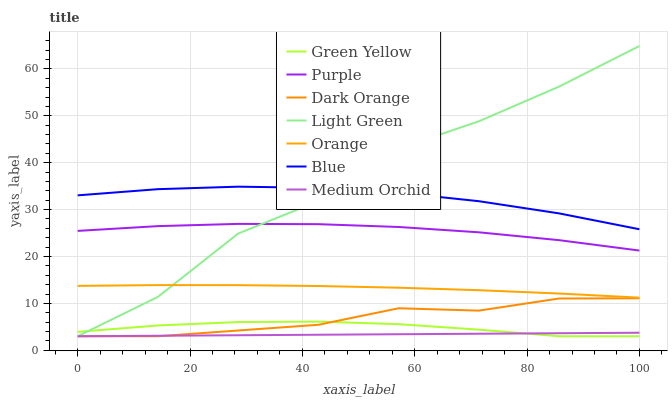
| xaxis_label | Green Yellow | Purple | Dark Orange | Light Green | Orange | Blue | Medium Orchid |
 | --- | --- | --- | --- | --- | --- | --- | --- |
 | 0 | 3.94 | 25.5 | 3 | 3 | 13.7 | 33 | 3 |
 | 14.3 | 5.3 | 26.5 | 3 | 11.4 | 13.9 | 34.4 | 3.11 |
 | 28.6 | 6.03 | 27 | 4.23 | 24.9 | 13.9 | 34.9 | 3.21 |
 | 42.9 | 6.12 | 26.9 | 5.45 | 31.8 | 13.7 | 34.6 | 3.32 |
 | 57.1 | 5.58 | 26.3 | 8.97 | 43 | 13.3 | 33.6 | 3.43 |
 | 71.4 | 4.41 | 25.2 | 8.46 | 48.8 | 12.8 | 31.8 | 3.54 |
 | 85.7 | 3 | 23.5 | 11 | 56.2 | 12.1 | 29.2 | 3.64 |
 | 100 | 3 | 21.3 | 11.1 | 64.9 | 11.2 | 25.8 | 3.75 |